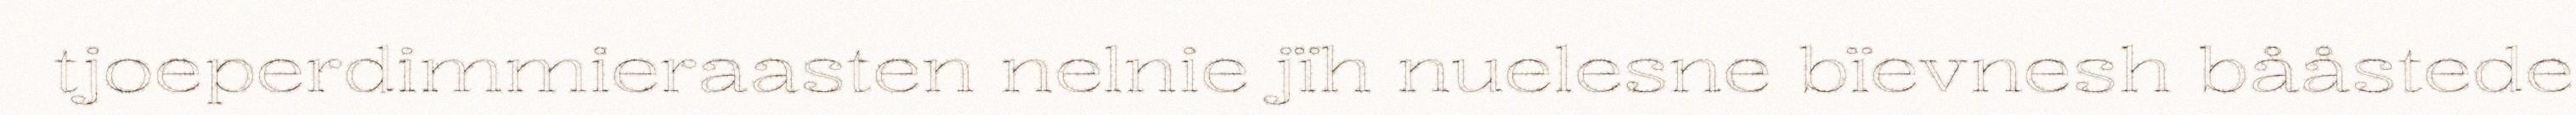
tjoeperdimmieraasten nelnie jïh nuelesne bïevnesh bååstede